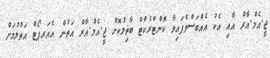
ޖީ.އެމް.އާރް އާއި އެކު އެއްބަސްވެފައިވާ ކޮންޓްރެކްޓް ބާޡިލުކޮށް ޖީ.އެމް.އާރް އަތުން އެއަރޕޯޓް އަތުލުމަށް